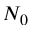
N _ { 0 }